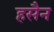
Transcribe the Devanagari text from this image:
हसैन